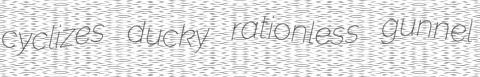
cyclizes ducky rationless gunnel